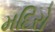
મદિરો